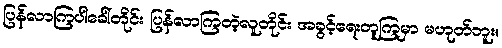
ပြန်လာကြပါခေါ်တိုင်း ပြန်လာကြတဲ့လူတိုင်း အခွင့်ရေးတူကြမှာ မဟုတ်ဘူး။